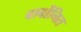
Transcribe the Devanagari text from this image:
बार्बोनित